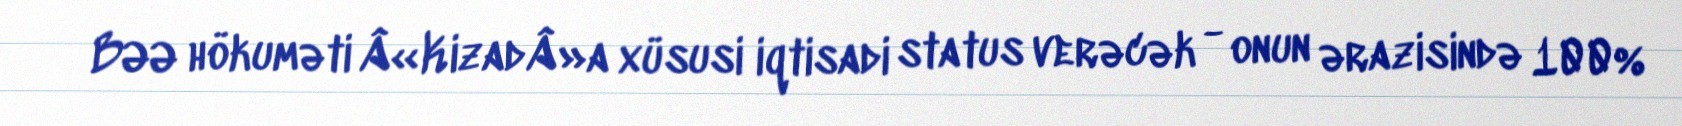
BƏƏ hökuməti Â«KizadÂ»a xüsusi iqtisadi status verəcək - onun ərazisində 100%